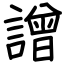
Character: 譄